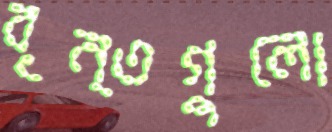
বৃন্তগুলো